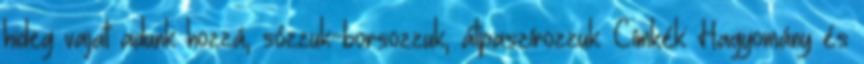
hideg vajat adunk hozzá, sózzuk-borsozzuk, átpaszírozzuk. Címkék: Hagyomány és